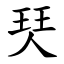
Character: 珡